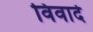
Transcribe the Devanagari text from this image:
विवादे